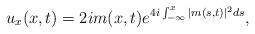
LaTeX: \begin{align*}u_x(x,t)= 2i m(x,t) e^{4i \int_{-\infty}^x |m(s,t)|^2 ds}, \end{align*}